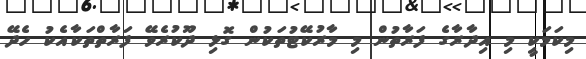
މިކަމަކީ މި އިދާރާގެ ފަރާތުން މި މާރުކޭޓުތަކުން ގޮޅި ދޫކުރެވޭ ފަރާތްތަކާއެކު ހެދޭ